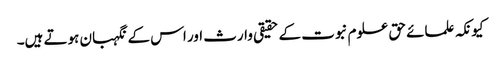
کیونکہ علمائے حق علوم نبوت کے حقیقی وارث اور اس کے نگہبان ہوتے ہیں۔